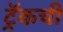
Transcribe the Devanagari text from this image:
ट्रॅकची